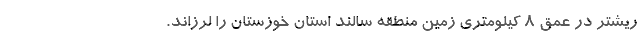
ریشتر در عمق 8 کیلومتری زمین منطقه سالند استان خوزستان را لرزاند.